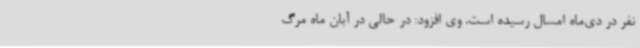
نفر در دی‌ماه امسال رسیده است. وی افزود: در حالی در آبان ماه مرگ